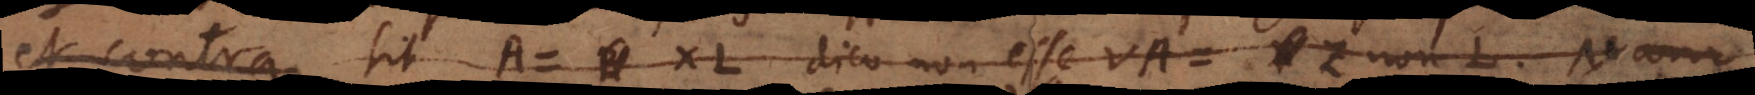
et contra. Sit A = XL dico non esse VA = Z non‐L. Nam